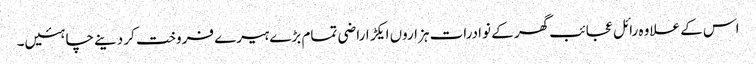
اس کے علاوہ رائل عجائب گھر کے نوادرات ہزاروں ایکڑ اراضی تمام بڑے ہیرے فروخت کر دینے چاہئیں۔